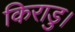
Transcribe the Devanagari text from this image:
किराडु।